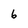
Character: 6